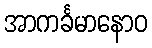
အာကင်္ခမာနောဝ